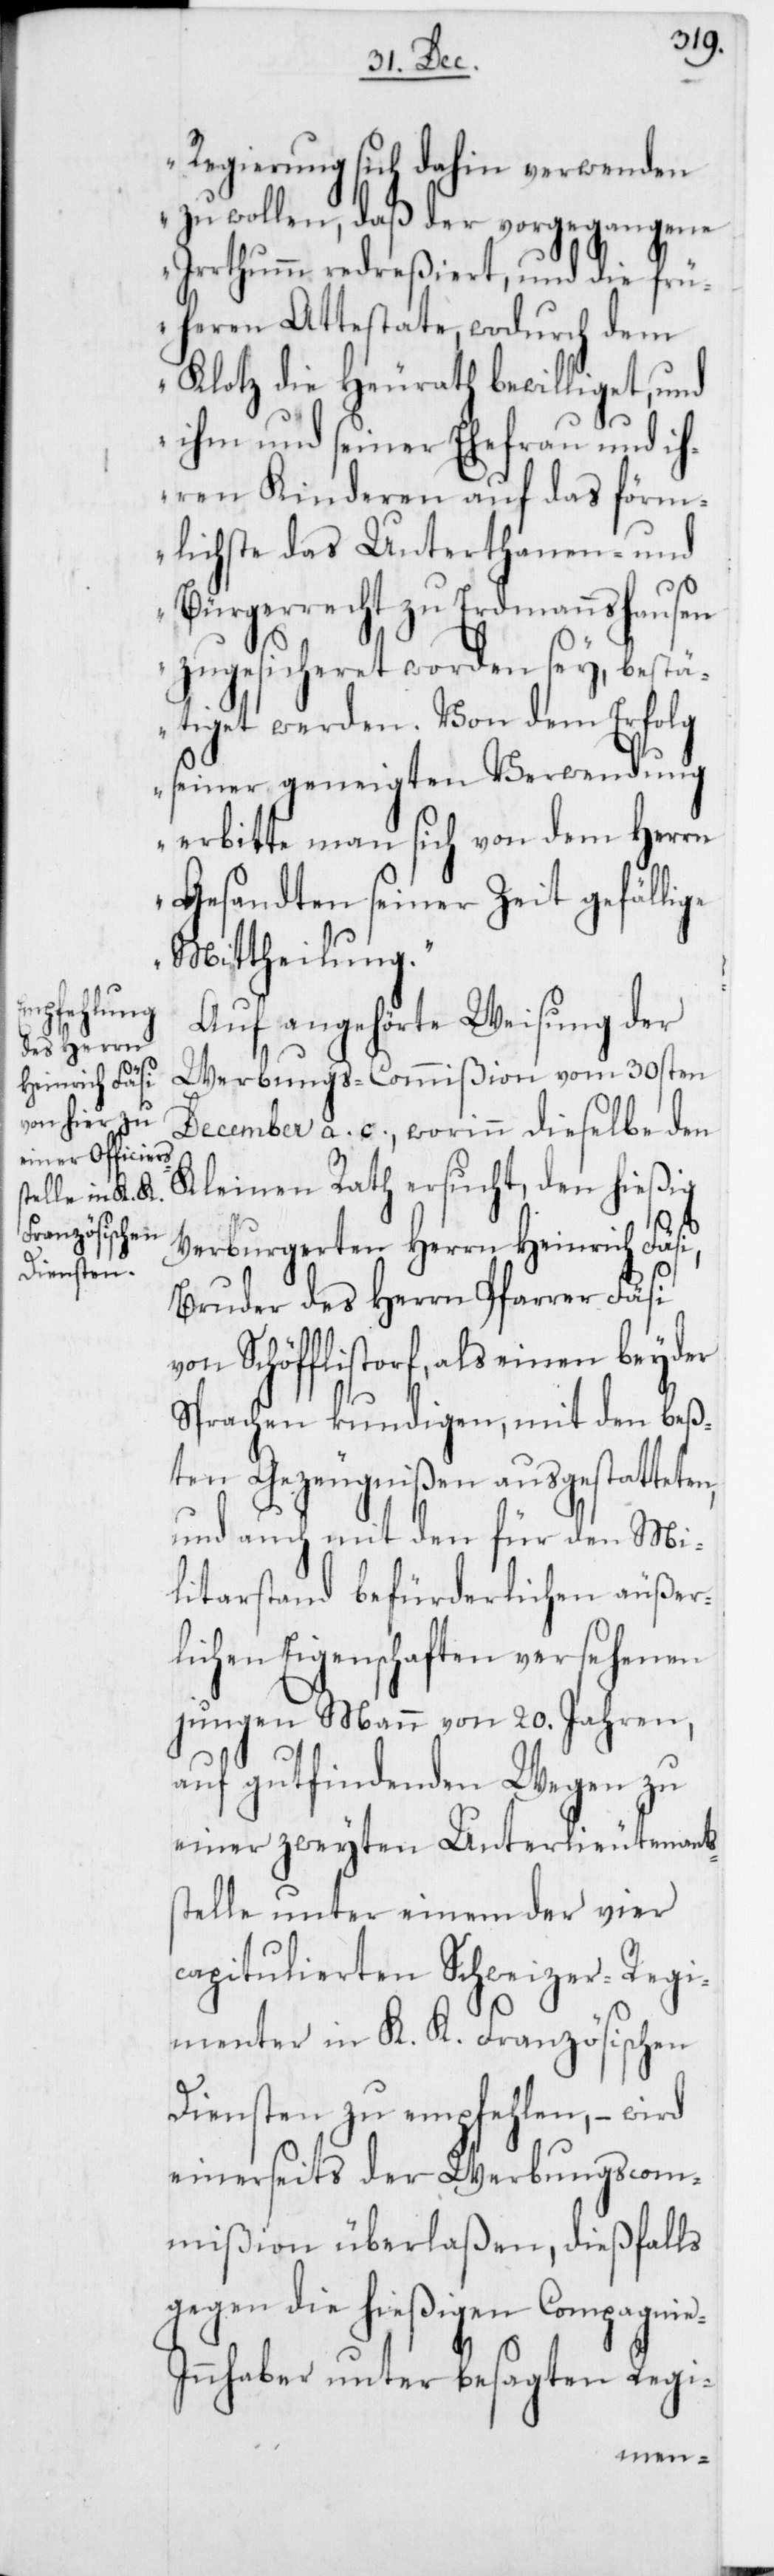
Regierung sich dahin verwenden
zu wollen, daß der vorgegangene
Irrthum redreßiert, und die frü¬
heren Attestate, wodurch dem
Klotz die Heurath bewilliget, und
ihm und seiner Ehefrau und ih¬
ren Kinderen auf das förm¬
lichste das Unterthanen- und
Bürgerrecht zu Erdmannshausen
zugesicheret worden sey, bestä¬
tiget werden. Von dem Erfolg
seiner geneigten Verwendung
erbitte man sich von dem Herrn
Gesandten seiner Zeit gefällige
Mittheilung.“
Auf angehörte Weisung der
Werbungs-Commißion vom 30sten
December a. c., worinn dieselbe den
Kleinen Rath ersucht, den hießig
verburgereten Herrn Heinrich Fäsi,
Bruder des Herrn Pfarrer Fäsi
von Schöfflistorf, als einen beyder
Sprachen kundigen, mit den beß¬
ten Gezeugnißen ausgestatteten,
und auch mit den für den Mi¬
litarstand befürderlichen äußer¬
lichen Eigenschaften versehenen
jungen Mann von 20. Jahren,
auf gutfindenden Wegen zu
einer zweyten Unterlieutenants¬
stelle unter einem der vier
capitulierten Schweizer-Regi¬
menter in K. K. Französischen
Diensten zu empfehlen, – wird
einerseits der Werbungscom¬
mißion überlaßen, dießfalls
gegen die hießigen Compagnie-I¬
nnhaber unter besagten Regi-